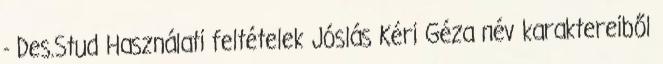
- Des.Stud Használati feltételek Jóslás Kéri Géza név karaktereiből